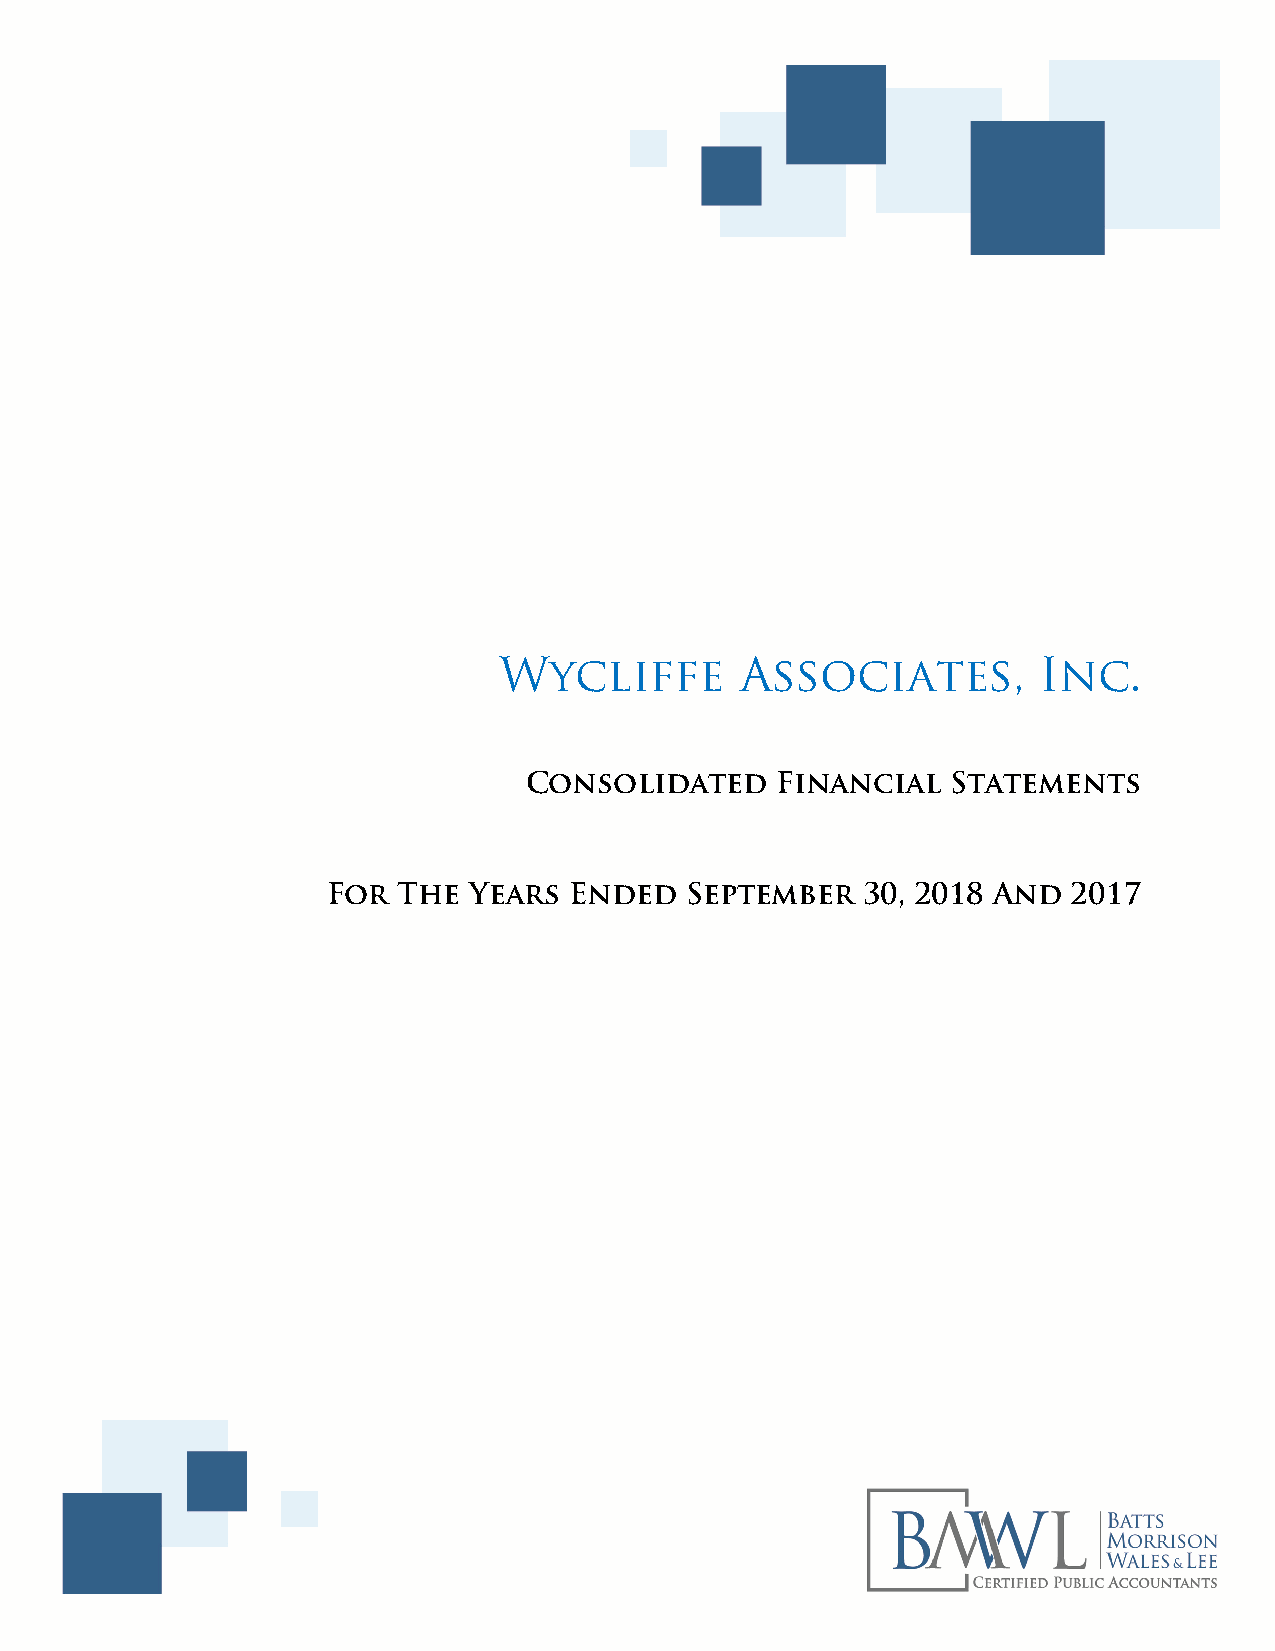
Wycliffe        Associates,         Inc.
 Consolidated    Financial   Statements
 For The  Years  Ended  September   30, 2018 And  2017